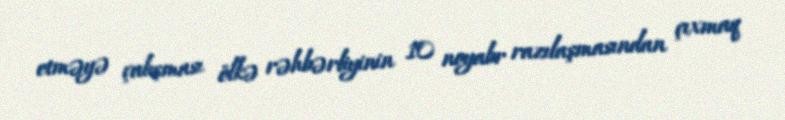
etməyə çalışması ölkə rəhbərliyinin 10 noyabr razılaşmasından çıxmaq